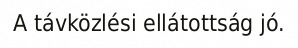
A távközlési ellátottság jó.